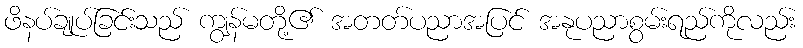
ဖိနပ်ချုပ်ခြင်းသည် ကျွန်မတို့၏ အတတ်ပညာအပြင် အနုပညာစွမ်းရည်ကိုလည်း